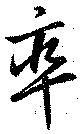
率